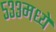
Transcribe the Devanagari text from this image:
५३३मध्ये